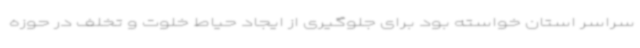
سراسر استان خواسته بود برای جلوگیری از ایجاد حیاط خلوت و تخلف در حوزه